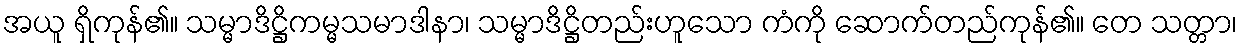
အယူ ရှိကုန်၏။ သမ္မာဒိဋ္ဌိကမ္မသမာဒါနာ၊ သမ္မာဒိဋ္ဌိတည်းဟူသော ကံကို ဆောက်တည်ကုန်၏။ တေ သတ္တာ၊